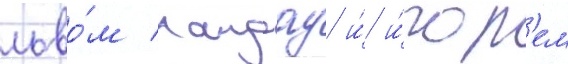
льво́м ландау и́ и́гор'ем